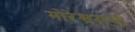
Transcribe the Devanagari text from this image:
मोरेश्वराची